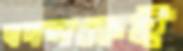
বদলকেই